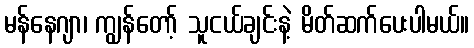
မန်နေဂျာ၊ ကျွန်တော့် သူငယ်ချင်းနဲ့ မိတ်ဆက်ပေးပါမယ်။